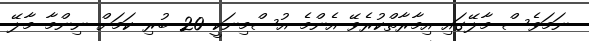
ނަމަވެސް މާލޭގައި އިމާރާތްކުރެވޭ އެންމެ އުސްމިނަކީ 20 ބުރި ކަމަށް ނިންމާ މާލޭ